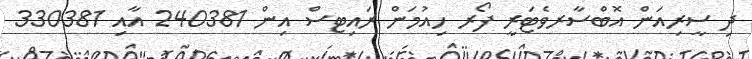
ދި ސީރިއަން އޮބްސާރވެޓަރީ ފޯރ ހިއުމަން ރައިޓސް އިން 240381 އާއި 330381